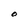
Character: O